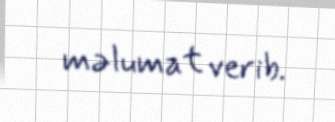
məlumat verib.